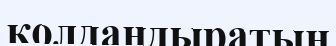
қолдандыратын